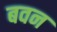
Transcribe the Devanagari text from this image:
बवन